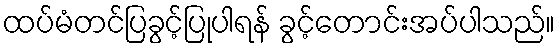
ထပ်မံတင်ပြခွင့်ပြုပါရန် ခွင့်တောင်းအပ်ပါသည်။